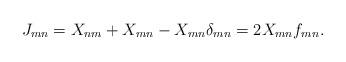
LaTeX: \begin{gather*}J_{mn}=X_{nm}+X_{mn}-X_{mn}\delta_{mn}=2X_{mn}f_{mn}.\end{gather*}